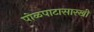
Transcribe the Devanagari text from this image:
पोळपाटासारखी